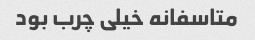
متاسفانه خیلی چرب بود